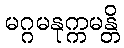
မဂ္ဂမနုက္ကမန္တိ